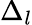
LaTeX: \Delta_{l}